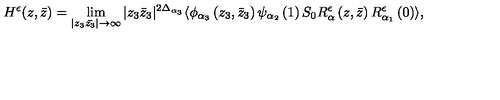
H ^ { \epsilon } ( z , \bar { z } ) = \lim _ { | z _ { 3 } \bar { z _ { 3 } } | \rightarrow \infty } | z _ { 3 } \bar { z } _ { 3 } | ^ { 2 \Delta _ { \alpha _ { 3 } } } \langle \phi _ { \alpha _ { 3 } } \left( z _ { 3 } , \bar { z } _ { 3 } \right) \psi _ { \alpha _ { 2 } } \left( 1 \right) S _ { 0 } R _ { \alpha } ^ { \epsilon } \left( z , \bar { z } \right) R _ { \alpha _ { 1 } } ^ { \epsilon } \left( 0 \right) \rangle ,